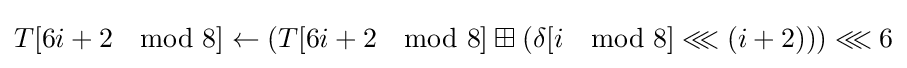
T[6i+2\mod 8]\leftarrow \left(T[6i+2\mod 8]\boxplus \left(\delta [i\mod 8]\lll \left(i+2\right)\right)\right)\lll 6